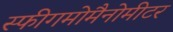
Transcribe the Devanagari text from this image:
स्फीगमोमैनोमीटर